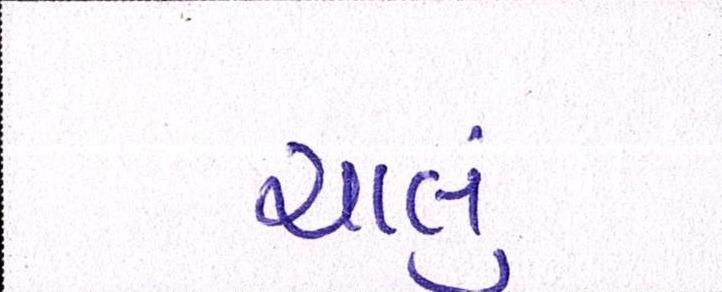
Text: ચાલું